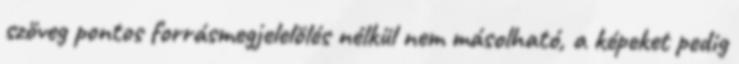
szöveg pontos forrásmegjelelölés nélkül nem másolható, a képeket pedig